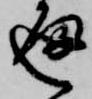
通